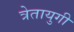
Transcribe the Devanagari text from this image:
त्रेतायुगी